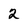
Character: 2